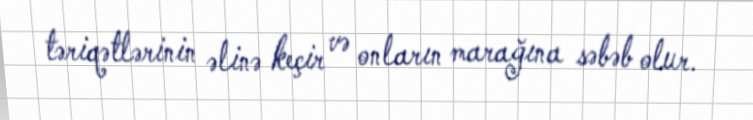
təriqətlərinin əlinə keçir və onların marağına səbəb olur.